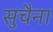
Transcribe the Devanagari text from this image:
सुचैना